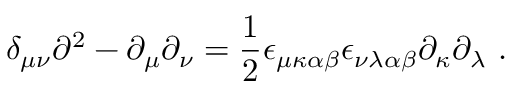
\delta _ { \mu \nu } \partial ^ { 2 } - \partial _ { \mu } \partial _ { \nu } = \frac { 1 } { 2 } \epsilon _ { \mu \kappa \alpha \beta } \epsilon _ { \nu \lambda \alpha \beta } \partial _ { \kappa } \partial _ { \lambda } \ .